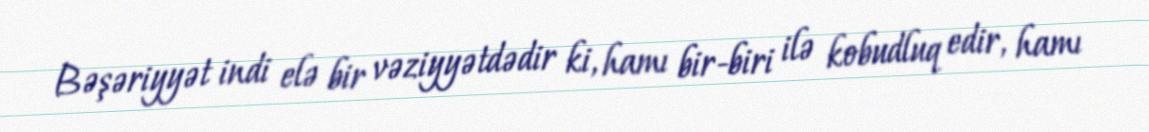
Bəşəriyyət indi elə bir vəziyyətdədir ki, hamı bir-biri ilə kobudluq edir, hamı